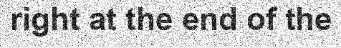
right at the end of the